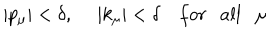
LaTeX: | p _ { \mu } | < \delta , \ | k _ { \mu } | < \delta f o r \ \ \ a l l \ \ \ \mu